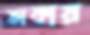
ডাকায়